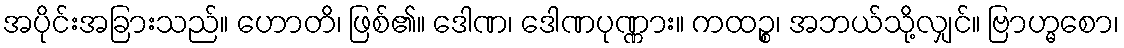
အပိုင်းအခြားသည်။ ဟောတိ၊ ဖြစ်၏။ ဒေါဏ၊ ဒေါဏပုဏ္ဏား။ ကထဉ္စ၊ အဘယ်သို့လျှင်။ ဗြာဟ္မစော၊